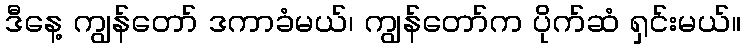
ဒီနေ့ ကျွန်တော် ဒကာခံမယ်၊ ကျွန်တော်က ပိုက်ဆံ ရှင်းမယ်။